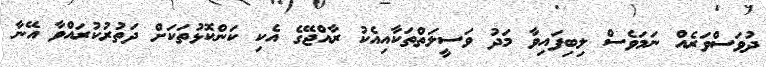
ދުވަސްވަރެއް ނަމަވެސް ލިބިފައިވާ މަދު ވަސީލަތްތަކާއިއެކު ރާއްޖޭގެ އެކި ކަންކޮޅުތަކަށް ދަތުރުކުރައްވާ އޭނާ